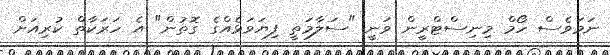
ނަމަވެސް ހޯމް މިނިސްޓްރީން ވަނީ "ސަލާމަތީ ފިޔަވަޅެއްގެ ގޮތުން" އެ ހަރަކާތް ކުރިއަށް